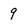
Character: 9